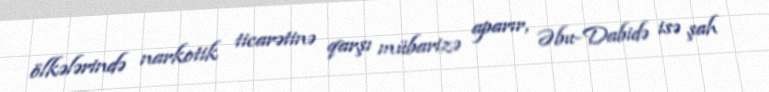
ölkələrində narkotik ticarətinə qarşı mübarizə aparır, Əbu-Dabidə isə şah